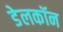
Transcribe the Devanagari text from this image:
डेलकॉन